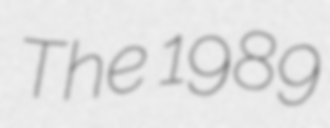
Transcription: The 1989